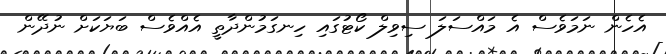
އެހެން ނަމަވެސް އެ މައްސަލަ ސިވިލް ކޯޓުގައި ހިނގަމުންދާތީ އެއްވެސް ބަޔަކަށް ނުދޭން